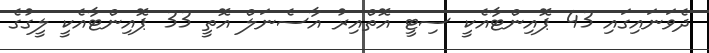
ދެވަނައިގައި 43 ޕޮއިންޓާއެކީ ސިޓީ އޮތްއިރު އާސެނަލް އޮތީ 33 ޕޮއިންޓާއެކީ ލީގުގެ